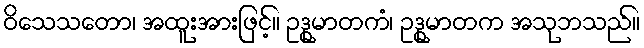
ဝိသေသတော၊ အထူးအားဖြင့်။ ဥဒ္ဓုမာတကံ၊ ဥဒ္ဓုမာတက အသုဘသည်။